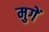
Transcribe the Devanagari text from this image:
मुगें